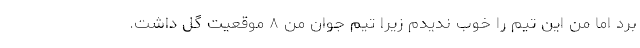
برد اما من این تیم را خوب ندیدم زیرا تیم جوان من ۸ موقعیت گل داشت.